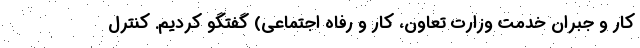
کار و جبران خدمت وزارت تعاون، کار و رفاه اجتماعی) گفتگو کردیم. کنترل